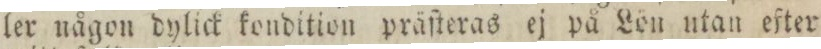
ler någon dylick kondition präſteras ej på Lön utan efter